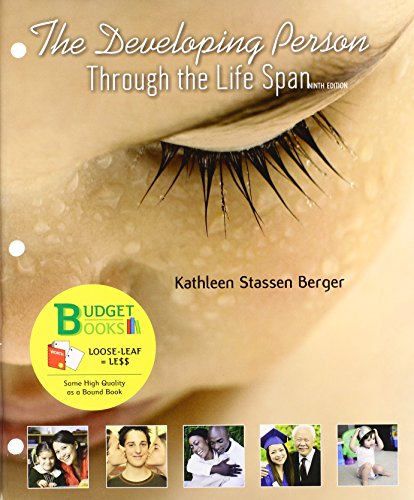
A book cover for The Developing Person Through the Life Span, 9th Edition; Kathleen Stassen Berger; Medical Books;